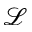
\mathcal { L }